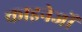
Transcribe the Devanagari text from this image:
काइनेजों